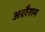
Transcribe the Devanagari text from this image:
अखैराम